Vaccination United Provinces of Agra and Oudh 1914-1922 - 1914-1922
Year: 1914
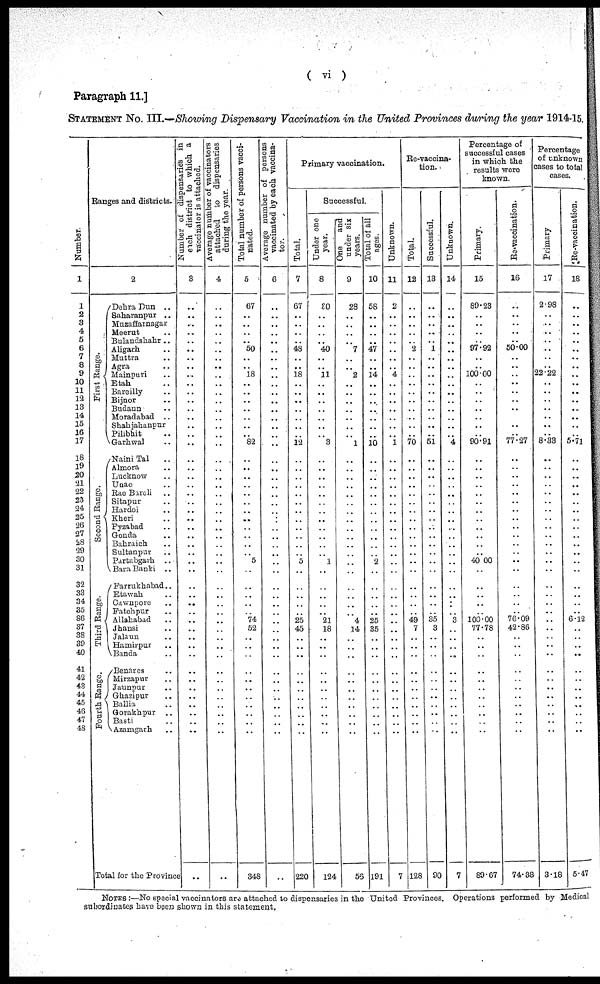
Paragraph 11.]
( vi )
STATEMENT No. III.—Showing Dispensary Vaccination in the United Provinces during the year 1914-15.
Number.
1
1
2
3
4
5
6
7
8
9
10
11 12
13
14
15
16
17
18
19
20
21
22
23
24
25
26
27
28
29
30
31
32
33
34
35
36
37
38
39
40
41
42
43
44
45
46
47
48
Ranges and districts.
2
First Range.
Second Range.
Third Range.
Fourth Range.
Dehra Dun ..
Baharanpur ..
Muzaffarnagar
Meerut ..
Bulandshahr ..
Aligarh ..
Muttra ..
Agra ..
Mainpuri ..
Etah ..
Bareilly ..
Bijnor ..
Budaun ..
Moradabad ..
Shahjahanpur
Pilibhit ..
Garhwal ..
Naini Tal ..
Almora ..
Lucknow ..
Unao ..
Rae Bareli ..
Sitapur ..
Hardoi ..
Kheri ..
Fyzabad ..
Gonda ..
Bahraich ..
Sultanpur ..
Partabgarh ..
Bara Banki ..
Farrukhabad..
Etawah ..
Cawnpore ..
Fatehpur ..
Allahabad ..
Jhansi ..
Jalaun ..
Hamirpur ..
Banda ..
Benares ..
Mirzapur ..
Jaunpur ..
Ghazipur ..
Ballia ..
Gorakhpur ..
Basti ..
Azamgarh ..
Tot al
f or the Provi nce
Number or dispensaries in
each district to which a
vaccinator is attached.
3
..
..
..
..
..
..
..
..
..
..
..
..
..
..
..
..
..
..
..
..
..
..
..
..
..
..
..
..
..
..
..
..
..
..
..
..
..
..
..
..
..
..
..
..
..
..
..
..
..
Average number of vaccinators
attached to dispensaries
during the year.
4
..
..
..
..
..
..
..
..
..
..
..
..
..
..
..
..
..
..
..
..
..
..
..
..
..
..
..
..
..
..
..
..
..
..
..
..
..
..
..
..
..
..
..
..
..
..
..
..
..
Total number of persons vacci-
nated.
5
67
..
..
..
..
50
..
..
18
..
..
..
..
..
..
..
82
..
..
..
..
..
..
..
..
..
..
..
..
5
..
..
..
..
..
74
52
..
..
..
..
..
..
..
..
..
..
..
348
Average number of persons
vaccinated by each vaccina-
tor.
6
..
..
..
..
..
..
..
..
..
..
..
..
..
..
..
..
..
..
..
..
..
..
..
..
..
..
..
..
..
..
..
..
..
..
..
..
..
..
..
..
..
..
..
..
..
..
..
..
..
Primary vaccination.
Total.
7
67
..
..
..
..
48
..
..
18
..
..
..
..
..
..
..
12
..
..
..
..
..
..
..
..
..
..
..
..
5
..
..
..
..
..
25
45
..
..
..
..
..
..
..
..
..
..
..
220
Successful.
Under one
year.
8
30
..
..
..
..
40
..
..
11
..
..
..
..
..
..
..
3
..
..
..
..
..
..
..
..
..
..
..
..
1
..
..
..
..
..
21
18
..
..
..
..
..
..
..
..
..
..
..
124
One
and
under six
years.
9
28
..
..
..
..
7
..
..
2
..
..
..
..
..
..
..
1
..
..
..
..
..
..
..
..
..
..
..
..
..
..
..
..
..
..
4
14
..
..
..
..
..
..
..
..
..
..
..
56
Total of all
ages.
10
58
..
..
..
..
47
..
..
14
..
..
..
..
..
..
..
10
..
..
..
..
..
..
..
..
..
..
..
..
2
..
..
..
..
..
25
35
..
..
..
..
..
..
..
..
..
..
..
191
Unknown.
11
2
..
..
..
..
..
..
..
4
..
..
..
..
..
..
..
1
..
..
..
..
..
..
..
..
..
..
..
..
..
..
..
..
..
..
..
..
..
..
..
..
..
..
..
..
..
..
..
7
Re-vaccina-
tion.
Total.
12
..
..
..
..
..
2
..
..
..
..
..
..
..
..
..
..
70
..
..
..
..
..
..
..
..
..
..
..
..
..
..
..
..
..
..
49
7
..
..
..
..
..
..
..
..
..
..
..
128
Successful.
13
..
..
..
..
..
1
..
..
..
..
..
..
..
..
....
..
51
..
..
..
..
..
..
..
..
..
..
..
..
..
..
..
..
..
..
35
3
..
..
..
..
..
..
..
..
..
..
..
90
Unknown.
14
..
..
..
..
..
..
..
..
..
..
..
..
..
..
..
..
4
..
..
..
..
..
..
..
..
..
..
..
..
..
..
..
..
..
..
3
..
..
..
..
..
..
..
..
..
..
..
..
7
Percentage of
successful cases
in which the
results were
known.
Primary.
15
89.23
..
..
..
..
97.92
..
..
100.00
..
..
..
..
..
..
..
90.91
..
..
..
..
..
..
..
..
..
..
..
..
40.00
..
..
..
..
..
100.00
77.78
..
..
..
..
..
..
..
..
..
..
..
89,67
Re-vaccination.
16
..
..
..
..
..
50.00
..
..
..
..
..
..
..
..
..
..
77.27
..
..
..
..
..
..
..
..
..
..
..
..
..
..
..
..
..
..
76.09
42.86
..
..
..
..
..
..
..
..
..
..
..
74.38
Percentage
of unknown
cases to total
cases.
Primary
17
2.98
..
..
..
..
..
..
..
22.22
..
..
..
..
..
..
..
8.33
..
..
..
..
..
..
..
..
..
..
..
..
..
..
..
..
..
..
..
..
..
..
..
..
..
..
..
..
..
..
..
3.18
Re-vaccination.
18
..
..
..
..
..
..
..
..
..
..
..
..
..
..
5.71
..
..
..
..
..
..
..
..
..
..
..
..
..
..
..
..
..
..
6.12
..
..
..
..
..
..
..
..
..
..
..
..
5.47
NOTES :—No special vaccinators are attached to dispensaries in the United Provinces. Operations performed by Medical
subordinates have been shown in this statement.